65_HS1-834228961_62-HQ-83894_Section_2
Agency: FBI
Page 112
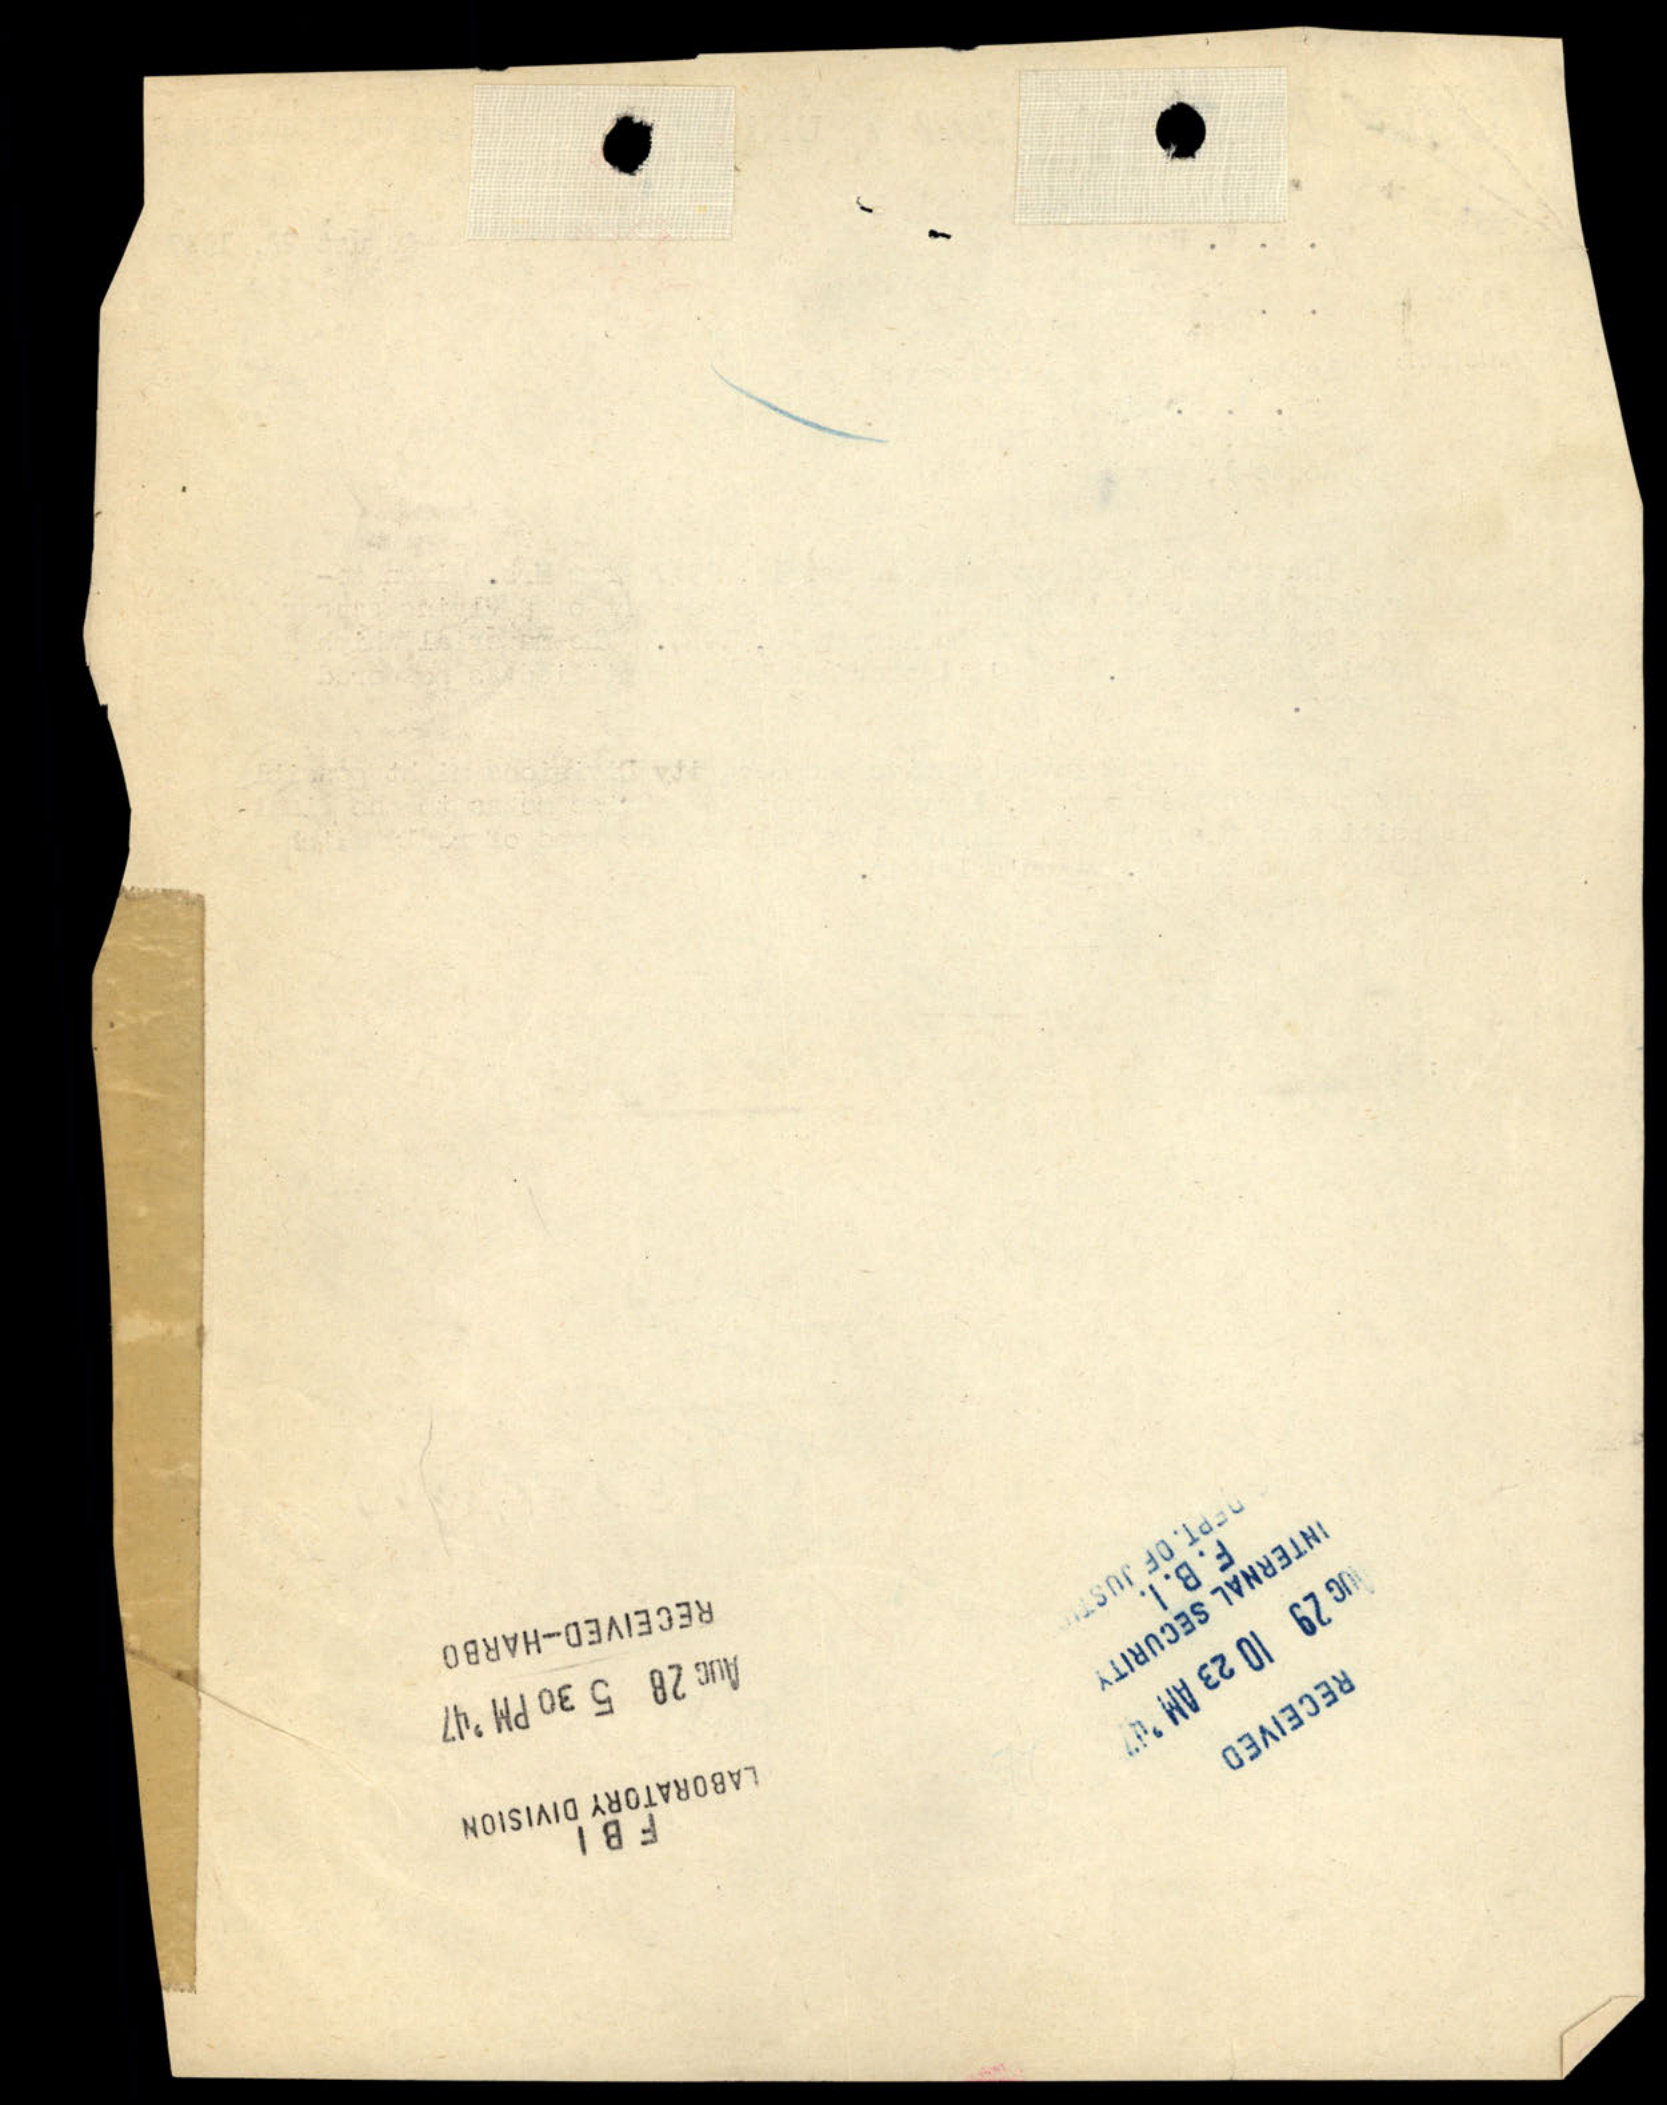